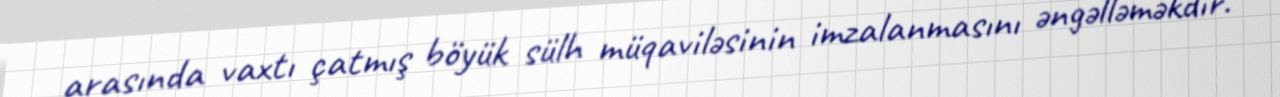
arasında vaxtı çatmış böyük sülh müqaviləsinin imzalanmasını əngəlləməkdir.